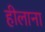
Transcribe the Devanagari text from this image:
हीलाना